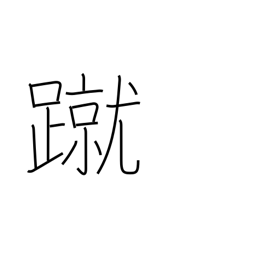
Meaning: kick